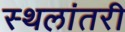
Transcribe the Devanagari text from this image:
स्थलांतरी